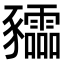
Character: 𧲙